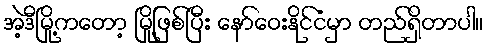
အဲ့ဒီမြို့ကတော့ မြို့ဖြစ်ပြီး နော်ဝေးနိုင်ငံမှာ တည်ရှိတာပါ။